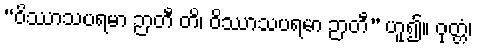
“ဝိဿာသပရမာ ဉာတီ တိ၊ ဝိဿာသပရမာ ဉာတီ” ဟူ၍။ ဝုတ္တံ၊